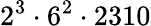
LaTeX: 2^{3}\cdot 6^{2}\cdot 2310